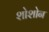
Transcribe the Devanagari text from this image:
शोशोन